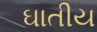
ઘાતીય